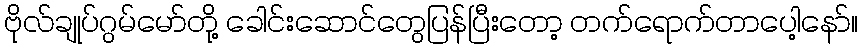
ဗိုလ်ချုပ်ဂွမ်မော်တို့ ခေါင်းဆောင်တွေပြန်ပြီးတော့ တက်ရောက်တာပေါ့နော်။